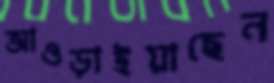
আওড়াইয়াছেন